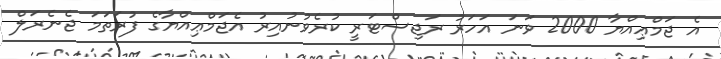
އެ ޖަމްޢިއްޔާ 2000 ވަނަ އަހަރު ރަޖިސްޓަރީ ކުރެވުނުއިރު އެޖަމްޢިއްޔާގެ ފުރަތަމަ ޖެނެރަލް